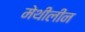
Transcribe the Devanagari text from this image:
मेथीलीन